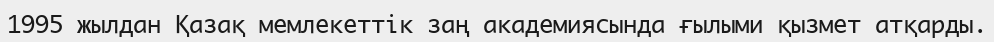
1995 жылдан Қазақ мемлекеттік заң академиясында ғылыми қызмет атқарды.